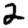
Digit: 2